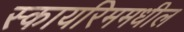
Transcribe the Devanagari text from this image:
स्कायरिममधील